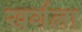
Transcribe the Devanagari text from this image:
खर्गला